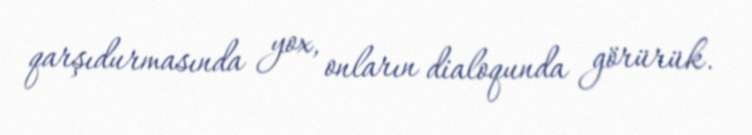
qarşıdurmasında yox, onların dialoqunda görürük.